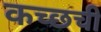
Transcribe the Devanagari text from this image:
कच्छची